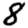
Digit: 8